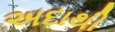
અદાથી